Vaccination report Assam 1896-1927 - 1896-1927
Year: 1896
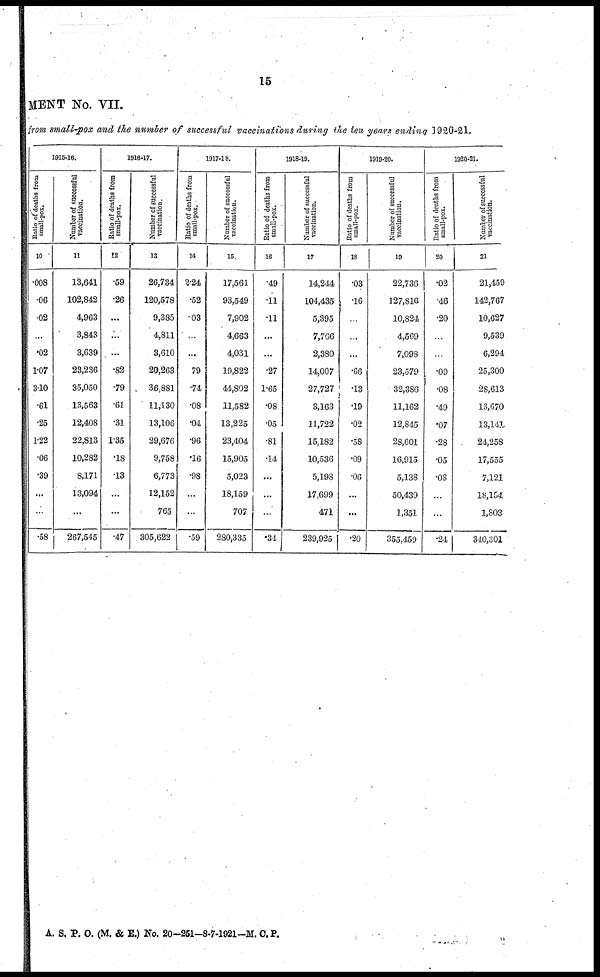
15
MENT No. VII.
from small-pox and the number of successful vaccinations during the ten years ending 1920-21.
1015-16.
Ratio of deaths from
small-pox.
10
.008
.06
.02
...
.02
1.07
3.10
.61
.25
1.22
.06
.39
...
...
.58
Number of successful
vaccination.
11
13,641
102,842
4,963
3,843
3,639
23,236
35,050
13,563
12,408
22,813
10,282
8,171
13,094
...
267,545
1916-17.
Ratio of deaths from
small-pox.
12
.59
.26
...
...
...
.82
.79
.61
.31
1.35
.18
.13
...
...
.47
Number of successful
vaccination.
13
26,734
120,578
9,385
4,811
3,610
20,263
36,881
11,130
13,106
29,676
9,758
6,773
12,152
765
305,622
1917-18.
Ratio of deaths from
small-pox.
14
2.24
.52
.03
...
...
79
.74
.08
.04
.96
.16
.98
...
...
.59
Number of successful
vaccination.
15
17,561
93,549
7,902
4,663
4,031
19,822
44,802
11,582
13,225
23,404
15,905
5,023
18,159
707
280,335
1918-19.
Ratio of deaths from
small-pox.
16
.49
.11
.11
...
...
.27
1.65
.08
.05
.81
.14
...
...
...
.34
Number of successful
vaccination.
17
14,244
104,435
5,395
7,766
2,380
14,007
27,727
3,163
11,722
15,182
10,536
5,198
17,699
471
239,925
1919-20.
Ratio of deaths from
small-pox.
18
.03
.16
...
...
...
.66
.13
.19
.02
.58
.09
06
...
...
.20
Number of successful
vaccination.
19
22,736
127,816
10,824
4,569
7,098
23,579
32,386
11,162
12,845
28,601
16,915
5,138
50,439
1,351
355,459
1920-21.
Ratio of deaths from
small-pox.
20
.02
.46
.20
...
..
.09
.08
.49
.07
.28
.05
.08
...
...
.24
Number of successful
vaccination.
21
21,459
142,767
10,627
9,539
6,294
25,300
28,613
13,670
13,141
24,258
17,555
7,121
18,154
1,803
340,301
A. S. P. O. (M. & E.) No. 20—251—8-7-1921—M. C.P.